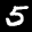
Label: 5